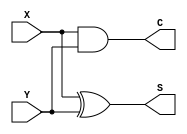
/*
===================================================================
Project Name    : 
File Name       : 1_2_1_1.v
Encoding        : UTF-8
Creation Date   : 2021/4/15
===================================================================
*/

module circuit(X, Y, S, C);

	input X, Y;
	output S, C;

	assign S = X ^ Y;
	assign C = X & Y;

endmodule